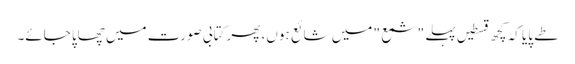
طے پایا کہ کچھ قسطیں پہلے "شمع " میں شائع ہوں، پھر کتابی صورت میں چھاپا جائے۔